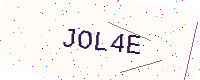
Text: JOL4E